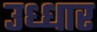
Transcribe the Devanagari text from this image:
उध्धार